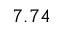
7 . 7 4